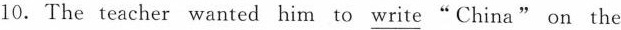
10. The teacher wanted him to \underline{write}"China" on the